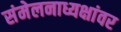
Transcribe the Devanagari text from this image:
संमेलनाध्यक्षांवर